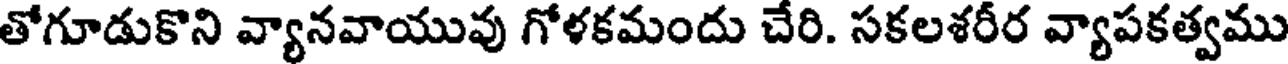
తోగూడుకొని వ్యానవాయువు గోళకమందు చేరి. సకలశరీర వ్యాపకత్వము